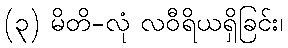
(၃) မိတိ-လုံ လဝီရိယရှိခြင်း၊